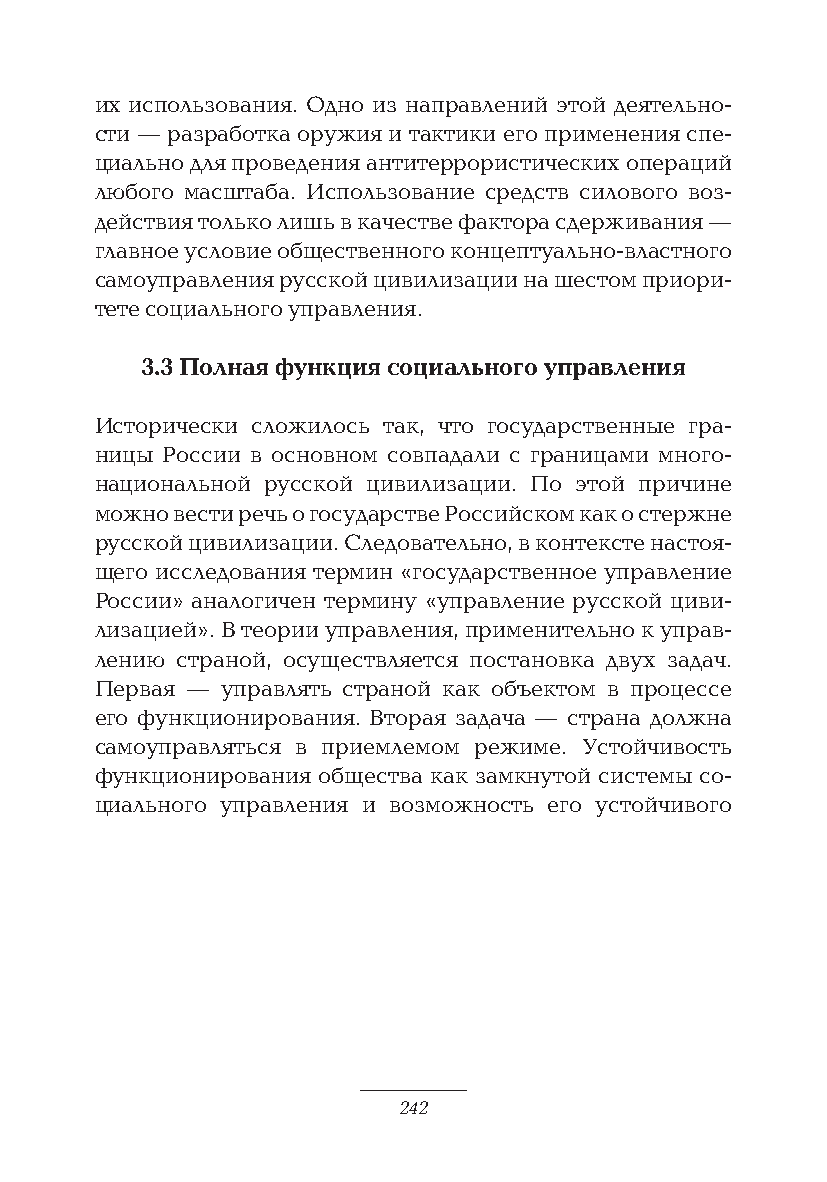
их использования. Одно из направлений этой деятельно-
 сти — разработка оружия и тактики его применения спе-
 циально для проведения антитеррористических операций
 любого масштаба. Использование средств силового воз-
 действия только лишь в качестве фактора сдерживания —
 главное условие общественного концептуально-властного
 самоуправления русской цивилизации на шестом приори-
 тете социального управления.
 3.3 Полная функция социального управления
 Исторически сложилось так, что государственные гра-
 ницы России в основном совпадали с границами много-
 национальной русской цивилизации. По этой причине
 можно вести речь о государстве Российском как о стержне
 русской цивилизации. Следовательно, в контексте настоя-
 щего исследования термин «государственное управление
 России» аналогичен термину «управление русской циви-
 лизацией». В теории управления, применительно к управ-
 лению страной, осуществляется постановка двух задач.
 Первая — управлять страной как объектом в процессе
 его функционирования. Вторая задача — страна должна
 самоуправляться в приемлемом режиме. Устойчивость
 функционирования общества как замкнутой системы со-
 циального управления и возможность его устойчивого
 242